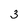
Character: 3